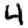
Digit: 4